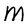
Character: M